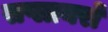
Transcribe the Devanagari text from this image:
सप्लायरों